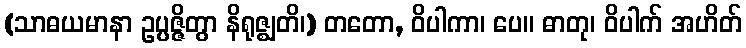
(သာဓယမာနာ ဥပ္ပဇ္ဇိတွာ နိရုဇ္ဈတိ၊) တတော, ဝိပါကာ၊ ပေ။ ဓာတု၊ ဝိပါက် အဟိတ်